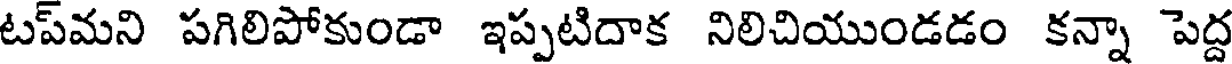
టప్మని పగిలిపోకుండా ఇప్పటిదాక నిలిచియుండడం కన్నా పెద్ద